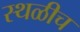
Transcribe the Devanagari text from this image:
स्थळीच